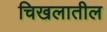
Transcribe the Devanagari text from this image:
चिखलातील